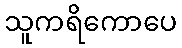
သူကရိကောပေ